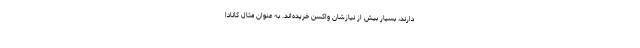
دارند، بسیار بیش از نیازشان واکسن خریده‌اند. به عنوان مثال کانادا